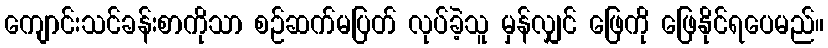
ကျောင်းသင်ခန်းစာကိုသာ စဉ်ဆက်မပြတ် လုပ်ခဲ့သူ မှန်လျှင် ဖြေကို ဖြေနိုင်ရပေမည်။